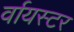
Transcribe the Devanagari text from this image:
र्वायस्टर